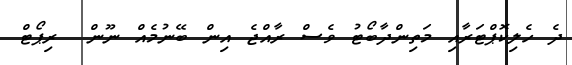
ދެ ހެލިކޮޕްޓަރާއި މަތިންދާބޯޓު ވެސް ރާއްޖެ އިން ބޭނުމެއް ނޫން  ރިޕޯޓް